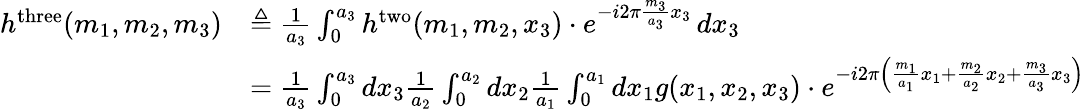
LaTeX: {\begin{array}{rl}{h^{\mathrm{three}}(m_{1},m_{2},m_{3})}&{\triangleq{\frac{1}{a_{3}}}\int_{0}^{a_{3}}h^{\mathrm{two}}(m_{1},m_{2},x_{3})\cdot e^{-i2\pi{\frac{m_{3}}{a_{3}}}x_{3}}\, dx_{3}}\\ &{={\frac{1}{a_{3}}}\int_{0}^{a_{3}}dx_{3}{\frac{1}{a_{2}}}\int_{0}^{a_{2}}dx_{2}{\frac{1}{a_{1}}}\int_{0}^{a_{1}}dx_{1}g(x_{1},x_{2},x_{3})\cdot e^{-i2\pi\left({\frac{m_{1}}{a_{1}}}x_{1}+{\frac{m_{2}}{a_{2}}}x_{2}+{\frac{m_{3}}{a_{3}}}x_{3}\right)}}\end{array}}